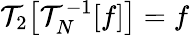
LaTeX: \mathcal{T}_{2}\big[\mathcal{T}_{N}^{-1}[f]\big]=f